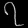
Digit: ၇